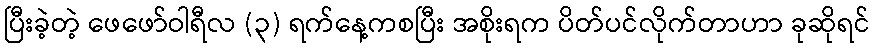
ပြီးခဲ့တဲ့ ဖေဖော်ဝါရီလ (၃) ရက်နေ့ကစပြီး အစိုးရက ပိတ်ပင်လိုက်တာဟာ ခုဆိုရင်